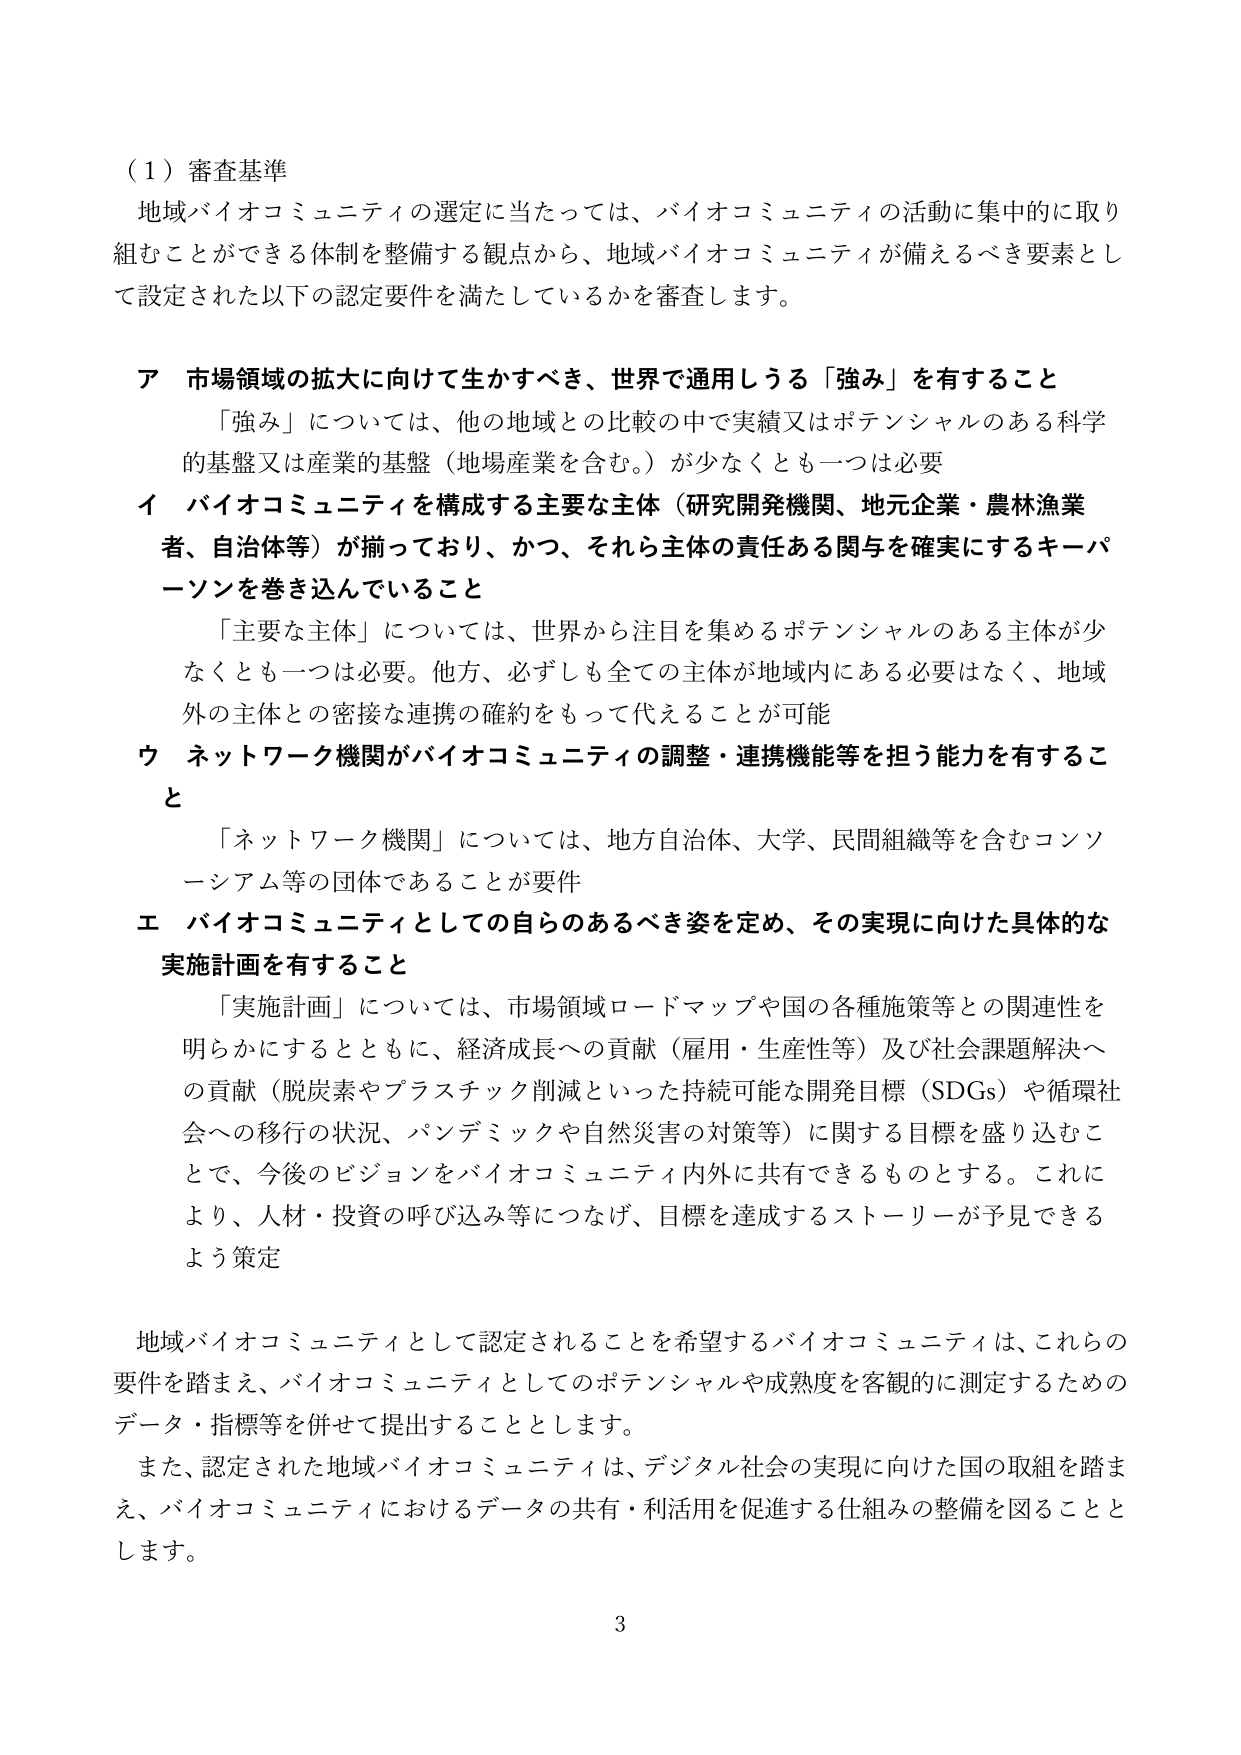
（１）審査基準
地域バイオコミュニティの選定に当たっては、バイオコミュニティの活動に集中的に取り組むことができる体制を整備する観点から、地域バイオコミュニティが備えるべき要素として設定された以下の認定要件を満たしているかを審査します。

ア 市場領域の拡大に向けて生かすべき、世界で通用しうる「強み」を有すること
　「強み」については、他の地域との比較の中で実績又はポテンシャルのある科学的基盤又は産業的基盤（地場産業を含む。）が少なくとも一つは必要

イ バイオコミュニティを構成する主要な主体（研究開発機関、地元企業・農林漁業者、自治体等）が揃っており、かつ、それら主体の責任ある関与を確実にするキーパーソンを巻き込んでいること
　「主要な主体」については、世界から注目を集めるポテンシャルのある主体が少なくとも一つは必要。他方、必ずしも全ての主体が地域内にある必要はなく、地域外の主体との密接な連携の確約をもって代えることが可能

ウ ネットワーク機関がバイオコミュニティの調整・連携機能等を担う能力を有すること
　「ネットワーク機関」については、地方自治体、大学、民間組織等を含むコンソーシアム等の団体であることが要件

エ バイオコミュニティとしての自らのあるべき姿を定め、その実現に向けた具体的な実施計画を有すること
　「実施計画」については、市場領域ロードマップや国の各種施策等との関連性を明らかにするとともに、経済成長への貢献（雇用・生産性等）及び社会課題解決への貢献（脱炭素やプラスチック削減といった持続可能な開発目標（SDGs）や循環社会への移行の状況、パンデミックや自然災害の対策等）に関する目標を盛り込むことで、今後のビジョンをバイオコミュニティ内外に共有できるものとする。これにより、人材・投資の呼び込み等につなげ、目標を達成するストーリーが予見できるよう策定

地域バイオコミュニティとして認定されることを希望するバイオコミュニティは、これらの要件を踏まえ、バイオコミュニティとしてのポテンシャルや成熟度を客観的に測定するためのデータ・指標等を併せて提出することとします。
また、認定された地域バイオコミュニティは、デジタル社会の実現に向けた国の取組を踏まえ、バイオコミュニティにおけるデータの共有・利活用を促進する仕組みの整備を図ることとします。

3